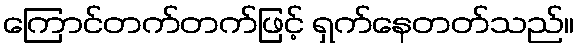
ကြောင်တက်တက်ဖြင့် ရှက်နေတတ်သည်။